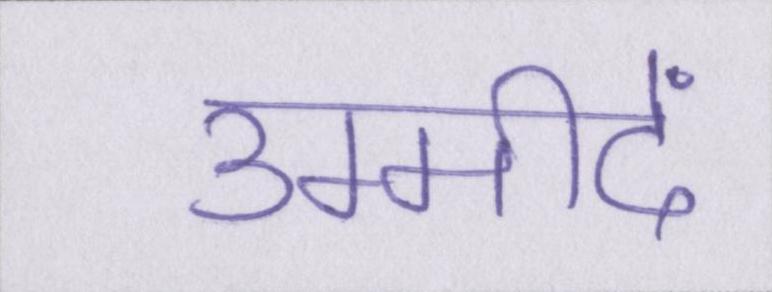
उम्मीदें